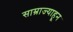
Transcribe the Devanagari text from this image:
साम्राज्याहून